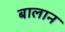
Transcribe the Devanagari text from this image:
बालान